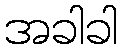
အခါခါ